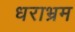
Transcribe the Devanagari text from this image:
धराभ्रम